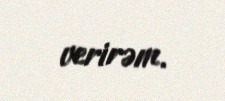
verirəm.